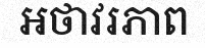
អថាវរភាព